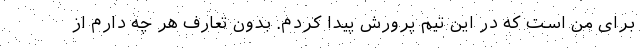
برای من است که در این تیم پرورش پیدا کردم. بدون تعارف هر چه دارم از